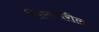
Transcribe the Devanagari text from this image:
सिम्सवरील